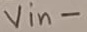
Text: Vin-